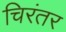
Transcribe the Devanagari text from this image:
चिरंतर